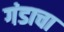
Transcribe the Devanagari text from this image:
गंडाचा